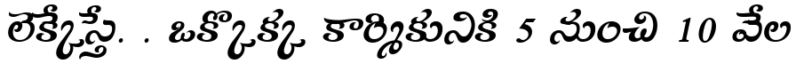
లెక్కేస్తే. . ఒక్కొక్క కార్మికునికి 5 నుంచి 10 వేల